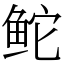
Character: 𬶍